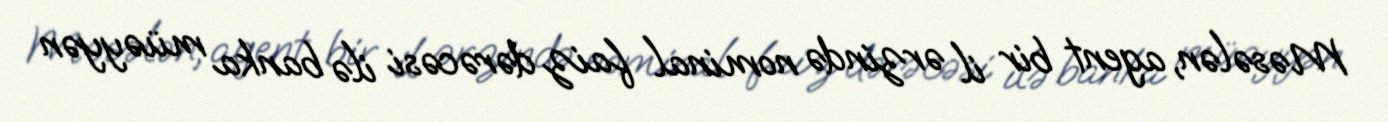
Məsələn, agent bir il ərzində nominal faiz dərəcəsi ilə banka müəyyən